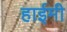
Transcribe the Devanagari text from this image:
हाईमी